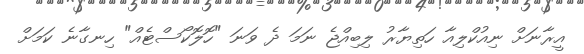
އީރާނަށް ނިއުކްލިއާ ހަތިޔާރު ލިބިއްޖެ ނަމަ ދެ ވަނަ "ހޮލޮކޯސްޓެއް" ހިނގާނެ ކަމަށް